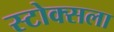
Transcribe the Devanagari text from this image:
स्टोक्सला